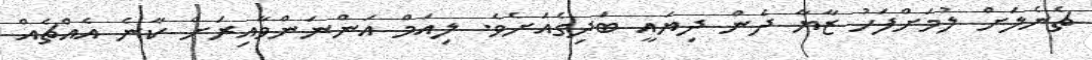
ޗެނެލަށް ލުމަށްފަހު ޒާޔާ ދެން ދިޔައީ ބަދިގެއަށެވެ. ލިއަމް އަންނަންވާއިރަށް ކާނެ އެއްޗެއް